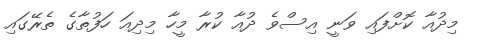
މިދުއާ ކޮށްފައި ވަނީ އިސްވެ ދުއާ ކުރާ މީހާ މިދިއަ ހަފުތާގެ ތެރޭގައި